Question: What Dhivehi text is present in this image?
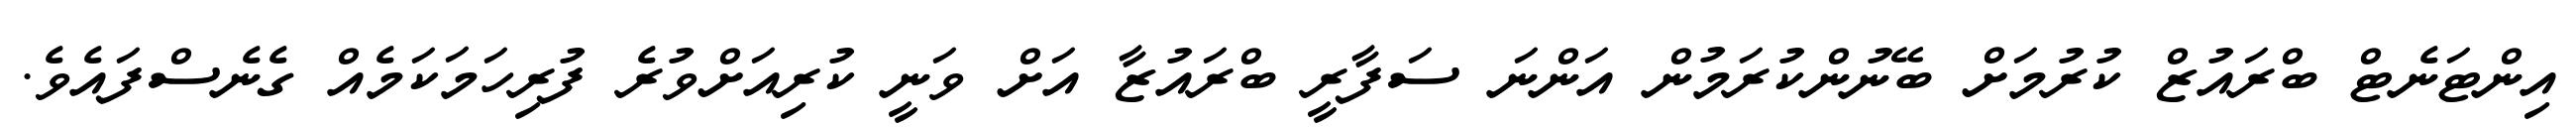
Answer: އިންޓަނެޓް ބްރައުޒް ކުރުމަށް ބޭނުންކުރަމުން އަންނަ ސަފާރީ ބްރައުޒާ އަށް ވަނީ ކުރިއަށްވުރެ ފުރިހަމަކަމެއް ގެނެސްފައެވެ.